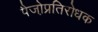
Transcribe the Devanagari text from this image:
पैजो़प्रतिरोधक